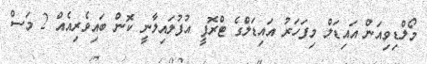
މޯލްޑިވިއަން އައިޑަލް މިފަހަރު އައިޑަލްގެ ޓްރޮފީ އުފުލައިލާނީ ކޮން ބައިވެރިއެއް 2 މަސް